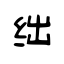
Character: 绌